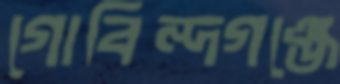
গোবিন্দগঞ্জে